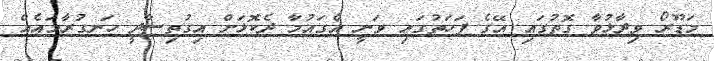
މަޑޫރޯ ވިދާޅުވާ ގޮތުގައި އޭގެ ފަހަތުގައި ވަނީ އެގައުމާ ދެކޮޅަށް އިގުތިސާދީ ހަނގުރާމައެއް